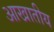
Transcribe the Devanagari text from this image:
आखातीय